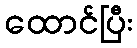
ထောင်ပြီး